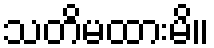
သတိမထားမိ။